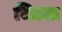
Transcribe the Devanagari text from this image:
भिडता